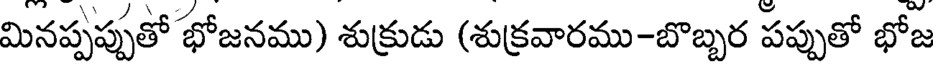
మినప్పప్పుతో భోజనము) శుక్రుడు (శుక్రవారము-బొబ్బర పప్పుతో భోజ